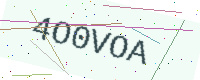
Text: 4O0VOA